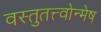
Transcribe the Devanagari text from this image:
वस्तुतत्त्वोन्मेष